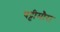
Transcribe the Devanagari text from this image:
पट्टीमौरा